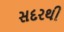
સદરથી